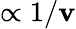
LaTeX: \propto1/\mathbf{v}